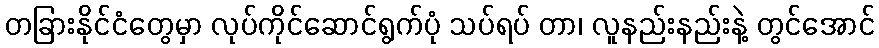
တခြားနိုင်ငံတွေမှာ လုပ်ကိုင်ဆောင်ရွက်ပုံ သပ်ရပ် တာ၊ လူနည်းနည်းနဲ့ တွင်အောင်